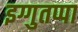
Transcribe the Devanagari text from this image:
इग्गुतप्पा